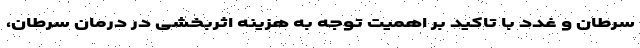
سرطان و غدد با تاکید بر اهمیت توجه به هزینه اثربخشی در درمان سرطان،